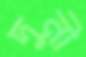
দুনী